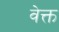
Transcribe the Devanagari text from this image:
वेक्त